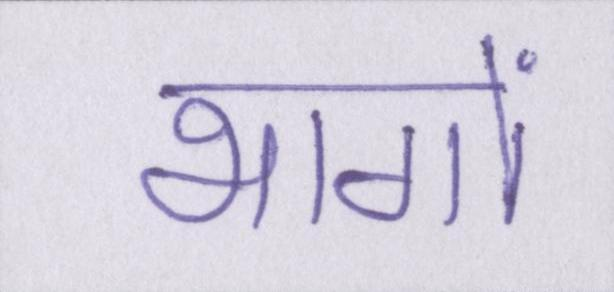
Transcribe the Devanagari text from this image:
भागों